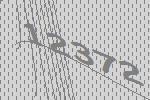
12372